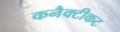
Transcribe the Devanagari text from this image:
कनैक्टीकट